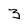
Character: 3